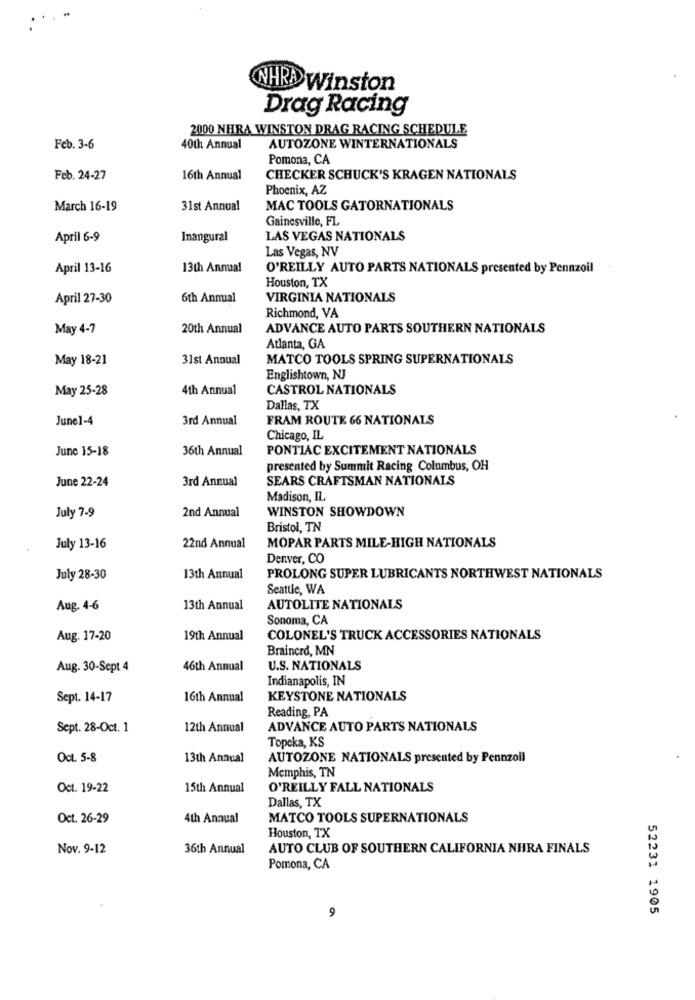
NHRA Winston
Drag Racing
2000 NHRA WINSTON DRAG RACING SCHEDULE
Feb. 3-6
40th Annual
AUTOZONE WINTERNATIONALS
Pomona, CA
Feb. 24-27
16th Annual
CHECKER SCHUCK'S KRAGEN NATIONALS
Phoenix, AZ
March 16-19
31st Annual
MAC TOOLS GATORNATIONALS
Gainesville, FL
April 6-9
Inaugural
LAS VEGAS NATIONALS
Las Vegas, NV
April 13-16
13th Anmal
O'REILLY AUTO PARTS NATIONALS presented by Pennzoil
Houston, TX
April 27-30
6th Annual
VIRGINIA NATIONALS
Richmond, VA
May 4-7
20th Annual
ADVANCE AUTO PARTS SOUTHERN NATIONALS
Atlanta, GA
May 18-21
31st Annual
MATCO TOOLS SPRING SUPERNATIONALS
Englishtown, NJ
May 25-28
4th Annual
CASTROL NATIONALS
Dallas, TX
June1-4
3rd Annual
FRAM ROUTE 66 NATIONALS
Chicago, IL
June 15-18
36th Annual
PONTIAC EXCITEMENT NATIONALS
presented by Summit Racing Columbus, OH
3rd Annual
SEARS CRAFTSMAN NATIONALS
June 22-24
Madison, IL
2nd Annual
WINSTON SHOWDOWN
July 7-9
Bristol, TN
July 13-16
22nd Annual
MOPAR PARTS MILE-HIGH NATIONALS
Denver, CO
July 28-30
13th Annual
PROLONG SUPER LUBRICANTS NORTHWEST NATIONALS
Seattle, WA
Aug. 4-6
13th Annual
AUTOLITE NATIONALS
Sonoma, CA
Aug. 17-20
19th Annual
COLONEL'S TRUCK ACCESSORIES NATIONALS
Brainerd, MN
Aug. 30-Sept 4
46th Annual
U.S. NATIONALS
Indianapolis, IN
Sept. 14-17
16th Annual
KEYSTONE NATIONALS
Reading, PA
Sept. 28-Oct. 1
12th Annual
ADVANCE AUTO PARTS NATIONALS
Topeka, KS
Oct. 5-8
13th Annual
AUTOZONE NATIONALS presented by Pennzoil
Memphis, TN
Oct. 19-22
15th Annual
O'REILLY FALL NATIONALS
Dallas, TX
Oct. 26-29
4th Annual
MATCO TOOLS SUPERNATIONALS
Houston, TX
Nov. 9-12
36th Annual
AUTO CLUB OF SOUTHERN CALIFORNIA NHRA FINALS
Pomona, CA
52231 1905
9